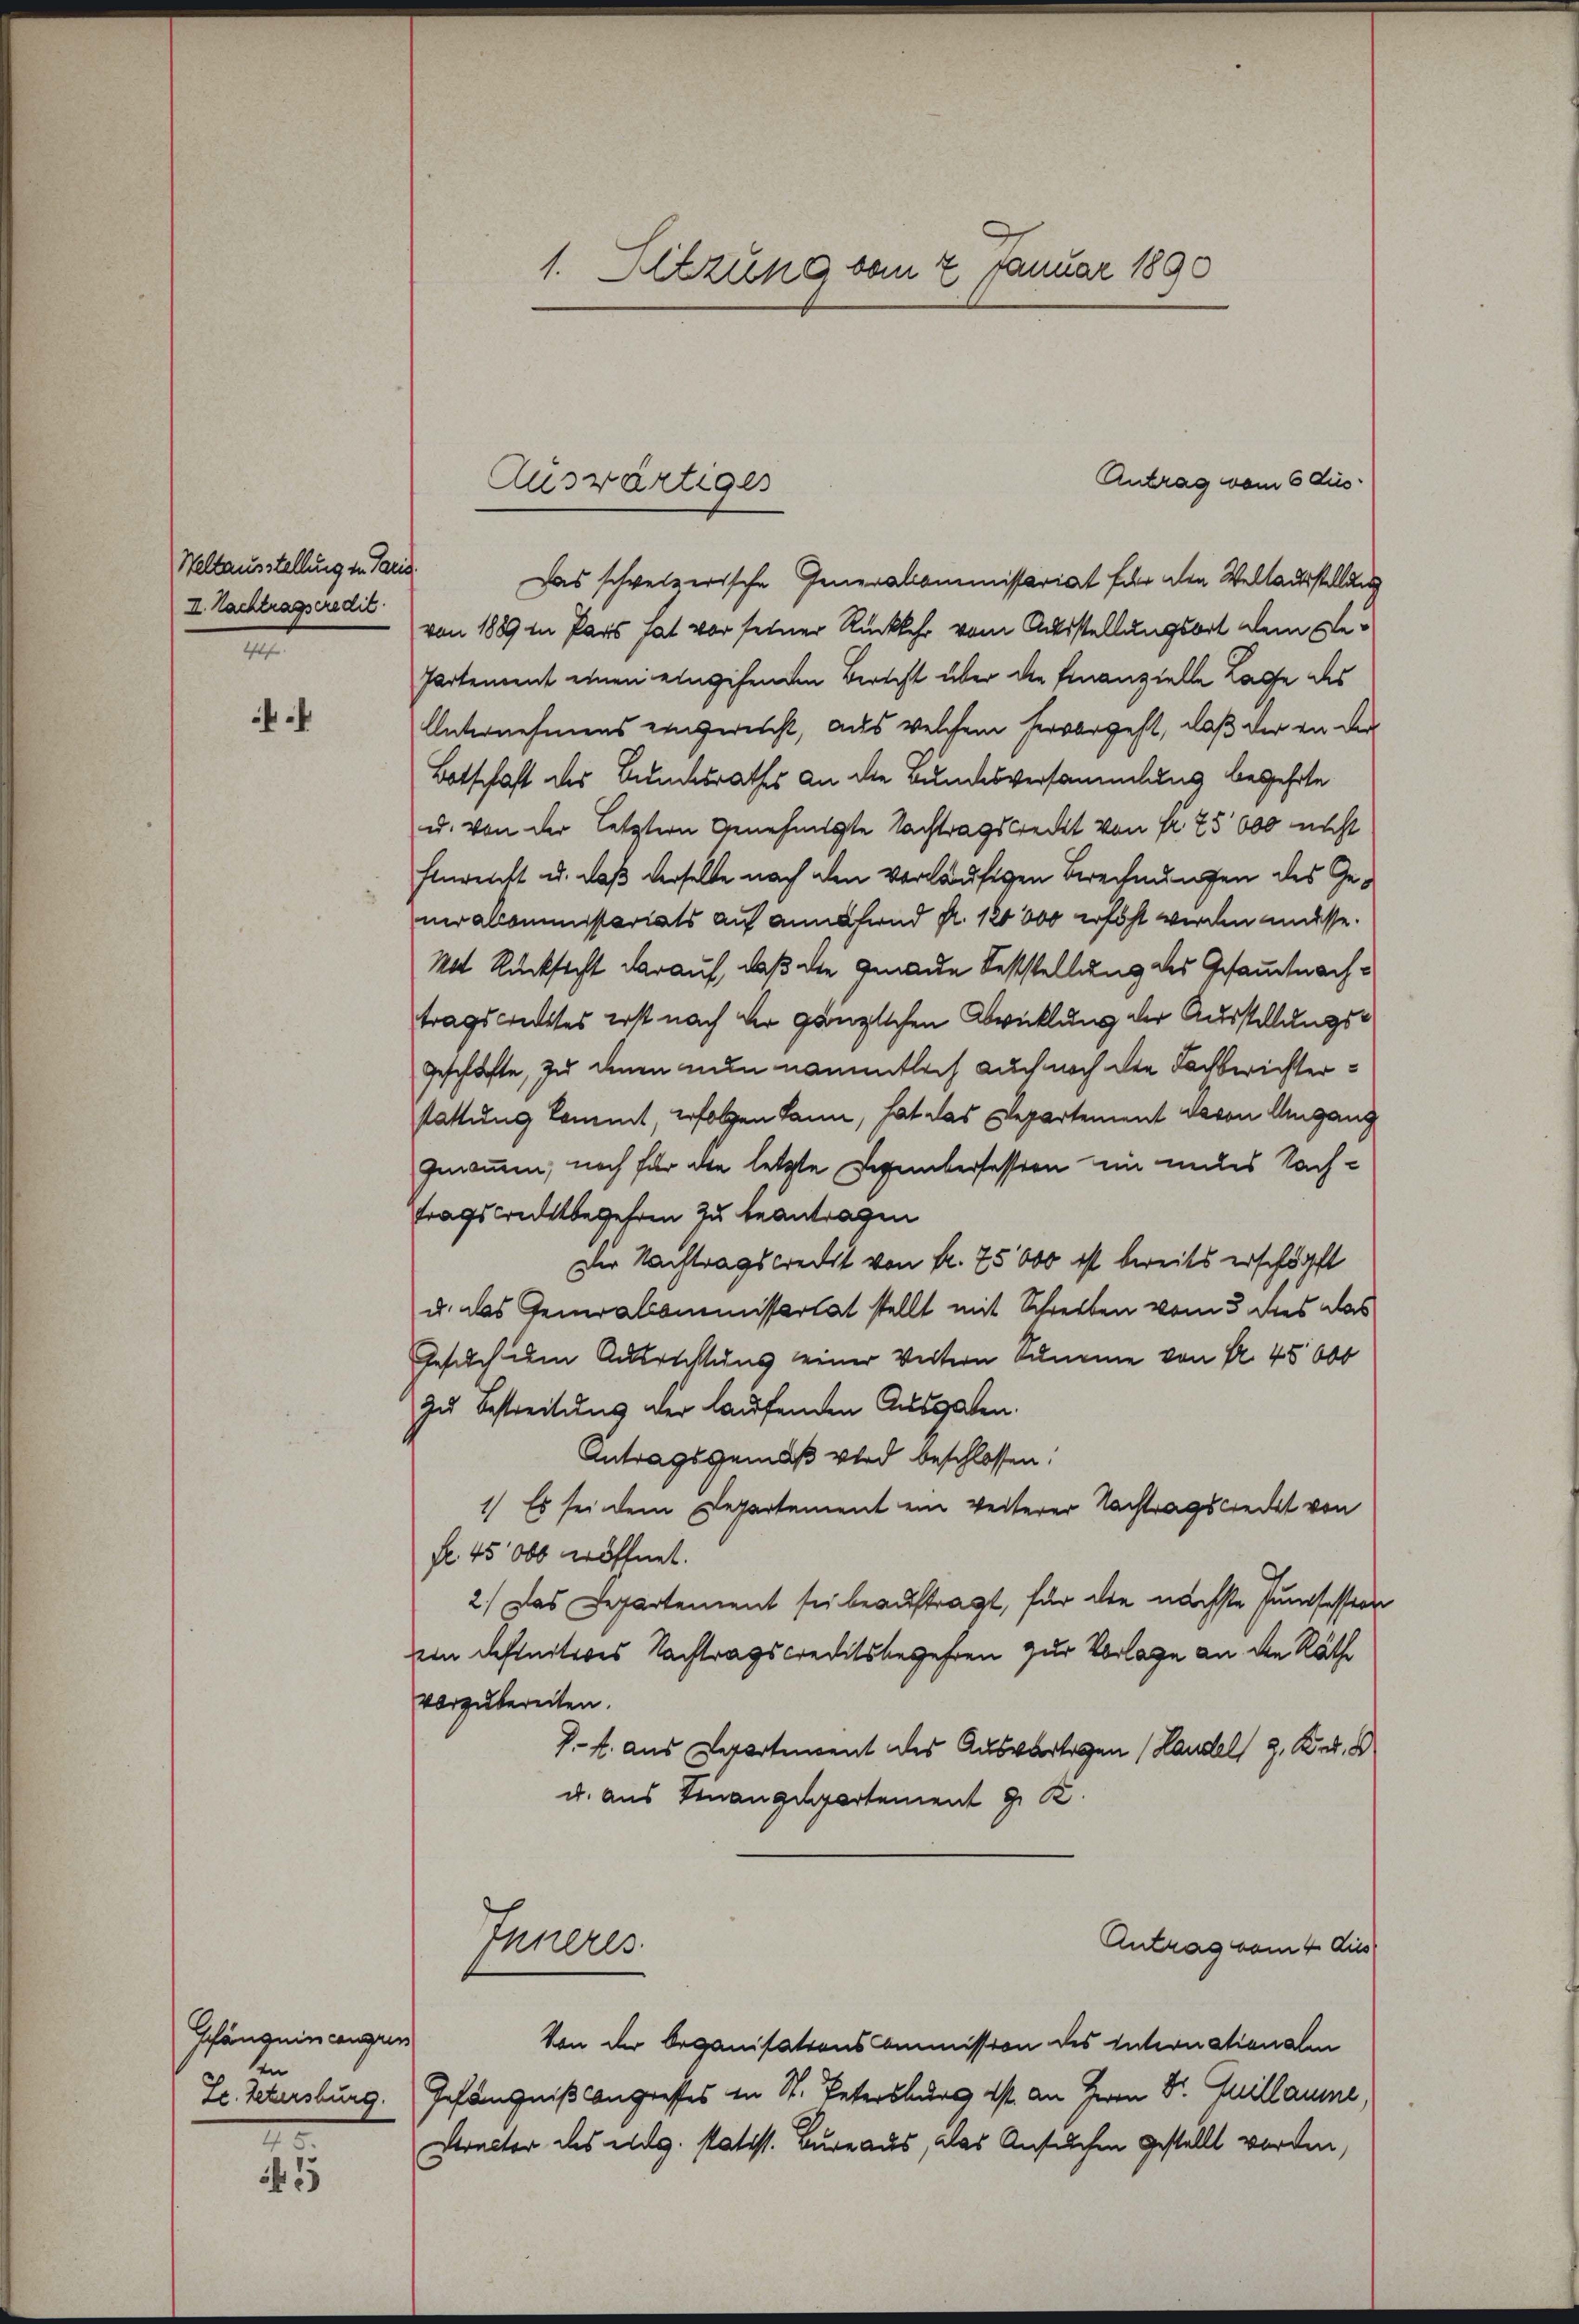
Weltausstellung in Pand.
I. Nachtragseredit
n

Gefängnincangun
en

.

Antrag vom 6 Aus
Das schweizerische Generalcommissariat für den Weltausstellung
von 1889 in Pars hat vor seiner Rückkehr vom Ausstellungsort dem ge¬
Partement einen eingehenden Berecht über die Finanzielle Lage des
Unternehmens eingereicht, aus welchem hervorgeht, daß der an der
Botschaft des Bundesrathes an die Bundesversammlung begehrte
u. von der letztern Genehmigte Nachtragsreckt von Fr. 75000 nicht
Einreicht u. daß derselbe nach den vorläufigen Berechnungen des Generaloministariats auf annähernd fr. 120000 erhöht werden müsse.
Mit Rücksicht darauf, daß die Genaue Feststellung des Gesuchnachtragscrites erst nach der gänzlichen Bricklung der Ausstellungs¬
Geschäfte, zu denen nun namentlich auch noch den Fachberichterstattung kommt, erfolgen kann, hat das Departement davon Ungang
genommen, noch für die letzte Legeberfession ein medes Nach-
tragsrechtsbegehren zu beantragen
Die Nachtragskredit von Fr. 75000 ist bereits erschärft
u. das Generalcommissertat stellt mit Schreiben vom 3. dies das
Gesuch dem Ausrichtung einer Weitern komme von Fr. 45000
zu Bestreitung der laufenden Ausgaben.
Antragsgemäß wird beschlossen:
1) Es sei dem Departement ein weiterer Nachtragsredet von
Nr. 45 000 eröffnet.
2.) Das Departement sei beauftragt, für die nächste Jungfession
ein definitives Nachtragscreditsbegehren zur Vorlage an die Räthe
vorzubereiten.
Pf. aus Departient des Auswärtigen (Handel 2. Kr.
u. aus Finangepartement J. K.
Antrag vom 4. dies
Inneres
Von der Organisationscommission des Internationalen
Le. Petersburg. Gefängniß langresses in St. Petersburg ist an Herrn Dr. Quillaume
Dtracter des eidg. statist. Bureaus, das Ansuchen gestellt worden,

1. Sitzung vom 2 Januar 1890

Auswärtiges